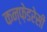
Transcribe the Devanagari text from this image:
कन्फ़ेडरेसी